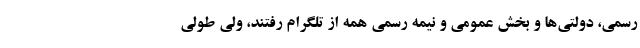
رسمی، دولتی‌ها و بخش عمومی و نیمه رسمی همه از تلگرام رفتند، ولی طولی